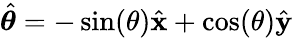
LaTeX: {\hat{\boldsymbol{\theta}}}=-\sin(\theta){\hat{\mathbf{x}}}+\cos(\theta){\hat{\mathbf{y}}}